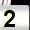
Digit: 2